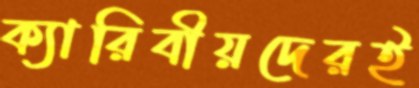
ক্যারিবীয়দেরই